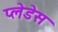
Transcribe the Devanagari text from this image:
प्लेडेस